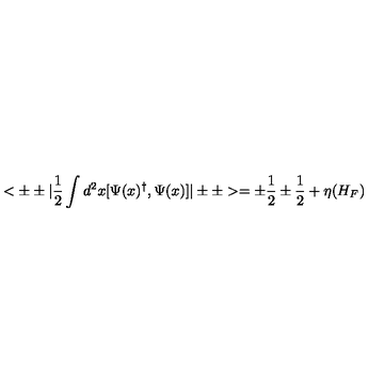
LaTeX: < \pm \pm | { \frac { 1 } { 2 } } \int d ^ { 2 } x [ \Psi ( x ) ^ { \dagger } , \Psi ( x ) ] | \pm \pm > = \pm { \frac { 1 } { 2 } } \pm { \frac { 1 } { 2 } } + \eta ( H _ { F } )